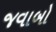
જવાબો